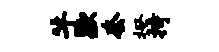
牛歇套揆持